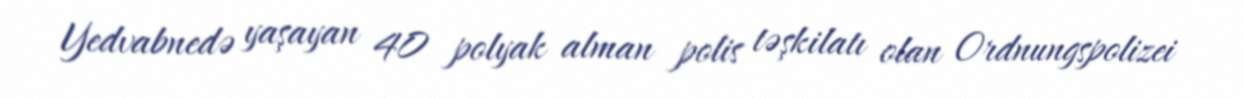
Yedvabnedə yaşayan 40 polyak alman polis təşkilatı olan Ordnungspolizei